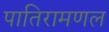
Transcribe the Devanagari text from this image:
पातिरामणल